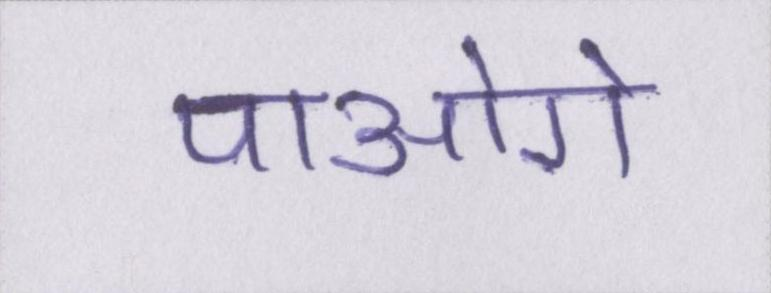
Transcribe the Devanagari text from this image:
पाओगे